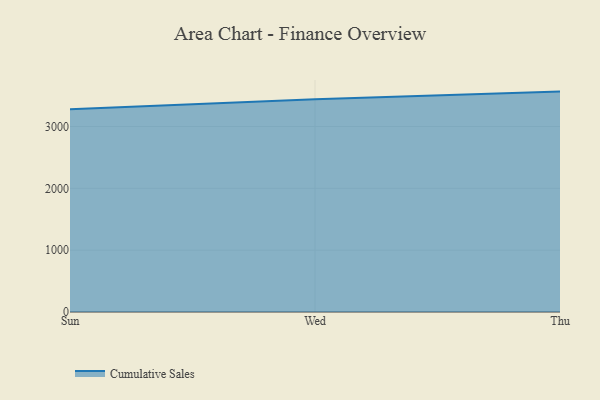
{"axis": {"x": "Day", "y": "Headcount"}, "legend": ["Cumulative Sales"], "data": [{"x": "Sun", "y": 3277.7, "type": "Cumulative Sales"}, {"x": "Wed", "y": 3438.5, "type": "Cumulative Sales"}, {"x": "Thu", "y": 3564.0, "type": "Cumulative Sales"}]}